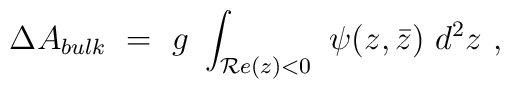
\Delta A_{bulk} ~=~ g ~ \int_{{\cal R}e(z) < 0} ~\psi(z,\bar z)  ~d^2 z \ ,